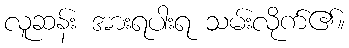
လူဆန်း အားရပါးရ သမ်းလိုက်၏။